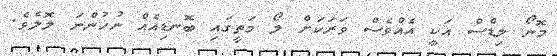
މޮނޯ ލިޑްސް އަކީ އެއްވެސް ވަރަކަށް ލޯ މަތީގައި ބޮނޑިއެއް ނުހުންނަ ލޮލެވެ.